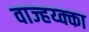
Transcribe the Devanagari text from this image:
वाज्हय्क्का